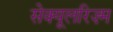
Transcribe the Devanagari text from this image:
सेक्यूलरिज़्म